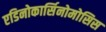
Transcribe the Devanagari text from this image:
एडिनोकार्सिनोमोसिस